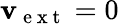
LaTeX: \mathbf{v}_{\mathrm{~e~x~t~}}=0